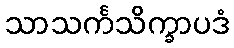
သာသင်္ကသိက္ခာပဒံ